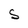
Character: S